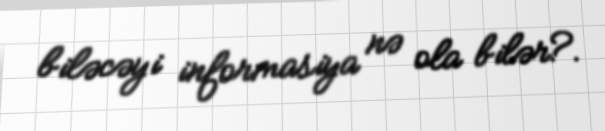
biləcəyi informasiya nə ola bilər?.